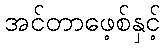
အင်တာဖေ့စ်နှင့်